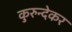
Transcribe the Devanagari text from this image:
कुरुन्देकर